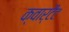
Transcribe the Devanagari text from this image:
क्वार्टैट